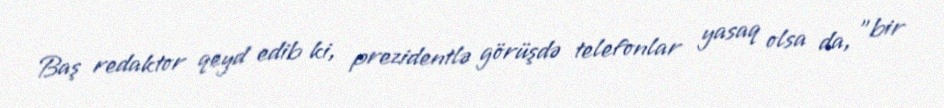
Baş redaktor qeyd edib ki, prezidentlə görüşdə telefonlar yasaq olsa da, "bir